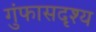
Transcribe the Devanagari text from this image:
गुंफासदृश्य